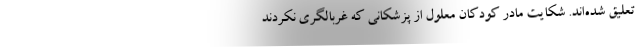
تعلیق شده‌اند. شکایت مادر کودکان معلول از پزشکانی که غربالگری نکردند